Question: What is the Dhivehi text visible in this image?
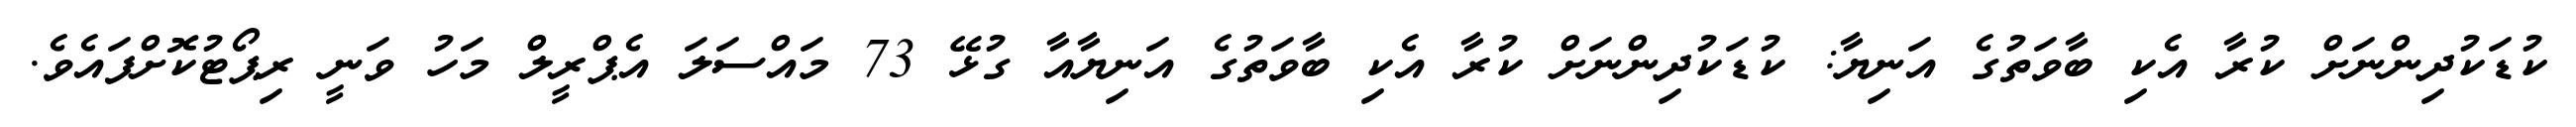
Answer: ކުޑަކުދިންނަށް ކުރާ އެކި ބާވަތުގެ އަނިޔާ: ކުޑަކުދިންނަށް ކުރާ އެކި ބާވަތުގެ އަނިޔާއާ ގުޅޭ 73 މައްސަލަ އެޕްރީލް މަހު ވަނީ ރިޕޯޓުކޮށްފައެވެ.